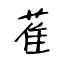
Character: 萑